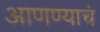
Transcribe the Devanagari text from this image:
आणण्याचं